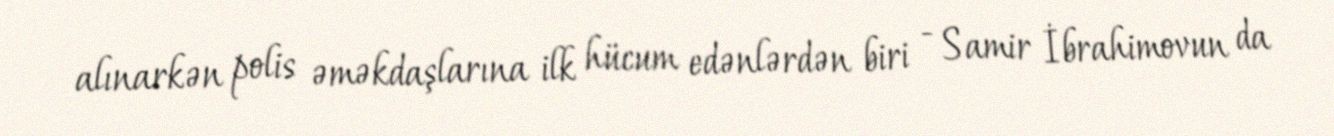
alınarkən polis əməkdaşlarına ilk hücum edənlərdən biri - Samir İbrahimovun da